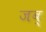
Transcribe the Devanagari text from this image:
जब्